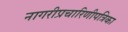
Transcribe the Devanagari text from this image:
नागरीप्रचारिणीपत्रिका